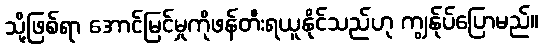
သို့ဖြစ်ရာ အောင်မြင်မှုကိုဖန်တီးရယူနိုင်သည်ဟု ကျွန်ုပ်ပြောမည်။